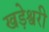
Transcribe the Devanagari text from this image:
खड़ेश्वरी